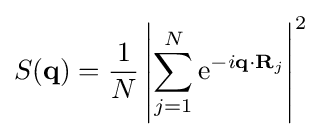
S(\mathbf {q} )={\frac {1}{N}}\left|\sum _{j=1}^{N}\mathrm {e} ^{-i\mathbf {q} \cdot \mathbf {R} _{j}}\right|^{2}